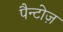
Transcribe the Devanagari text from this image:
पैन्टोज़